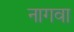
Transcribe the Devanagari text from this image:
नागवा